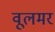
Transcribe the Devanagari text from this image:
वूलमर